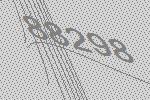
88298